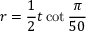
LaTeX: r = { \frac { 1 } { 2 } } t \cot { \frac { \pi } { 5 0 } }